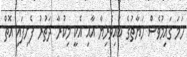
ހަމަ ގައިމުވެސް ހަޔާތުގެ ބައިވެރިޔާ އާއި އެކީ މިކުރާ ދަތުރު ފެށިފައި އޮތް